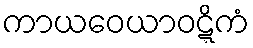
ကာယဝေယာဝဋ္ဋိကံ